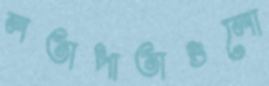
লতাপাতাগুলো